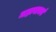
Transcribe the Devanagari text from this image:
महावाक्यं